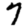
Digit: 7